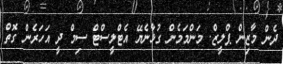
ދެން މާޒިން ޕްލީޒް. މަންމަމެން ގުޅާނެޔޭ އެޓްލީސްޓް ސިމް ދީ އަހަރެން ގޮތް